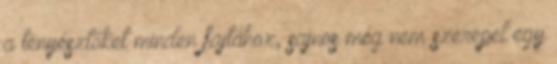
a tenyésztőket minden fajtához, sajnos még nem szerepel egy